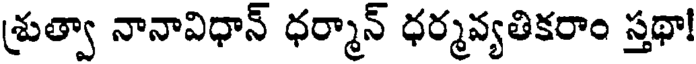
శ్రుత్వా నానావిధాన్ ధర్మాన్ ధర్మవ్యతికరాం స్తథా!